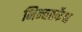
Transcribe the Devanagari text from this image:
निन्द्यतर्केश्च